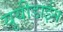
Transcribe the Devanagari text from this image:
युयीडाईस